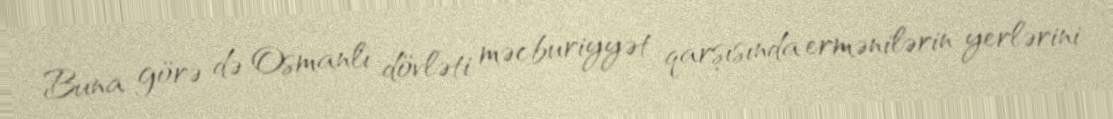
Buna görə də Osmanlı dövləti məcburiyyət qarşısında ermənilərin yerlərini